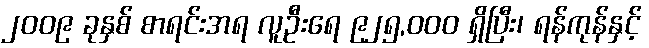
၂၀၀၉ ခုနှစ် စာရင်းအရ လူဦးရေ ၉၂၅,၀၀၀ ရှိပြီး၊ ရန်ကုန်နှင့်